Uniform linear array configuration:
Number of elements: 24
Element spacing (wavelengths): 1
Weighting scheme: blackman
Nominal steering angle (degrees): -15
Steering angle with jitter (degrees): -13.071
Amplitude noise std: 0.05
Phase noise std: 0.05

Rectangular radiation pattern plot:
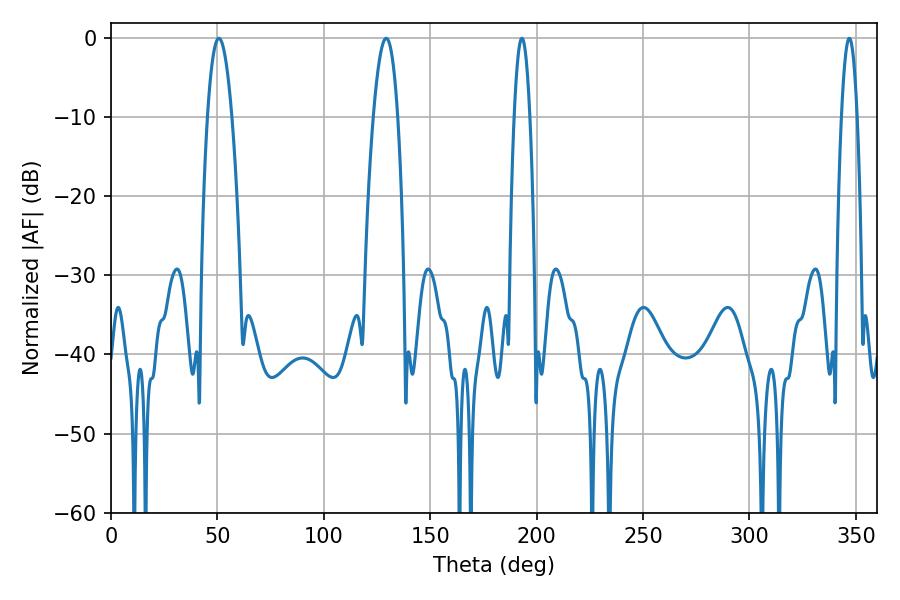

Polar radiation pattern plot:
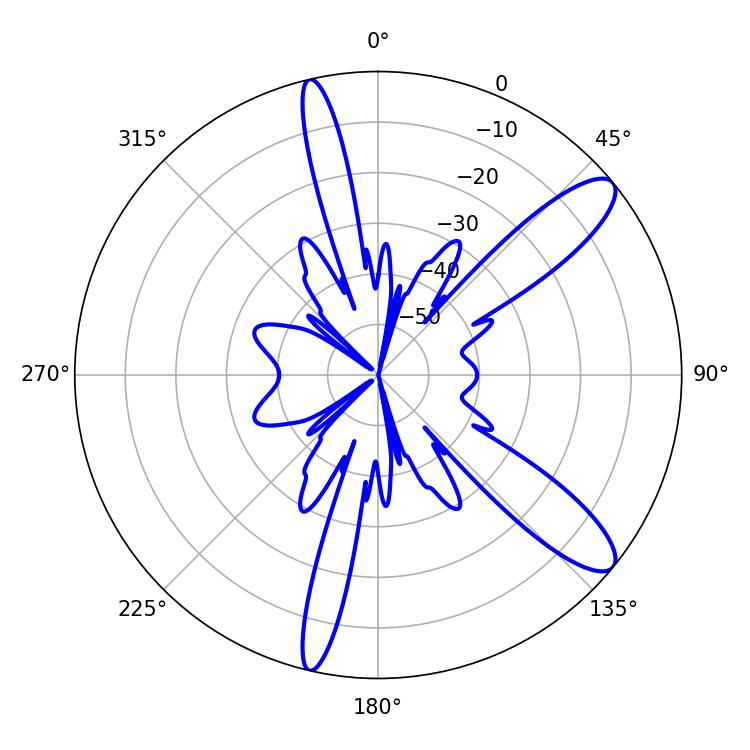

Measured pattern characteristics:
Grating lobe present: TRUE
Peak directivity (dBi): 11.271
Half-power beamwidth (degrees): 6.3
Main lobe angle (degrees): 50.76